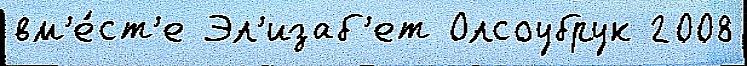
вм'е́ст'е Эл'изаб'ет Олсоубрук 2008